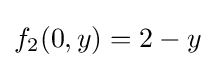
f_{2}(0,y)=2-y